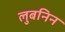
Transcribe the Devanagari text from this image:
लुबनिन